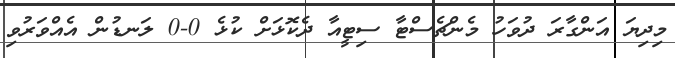
މިދިޔަ އަންގާރަ ދުވަހު މެންޗެސްޓާ ސިޓީއާ ދެކޮޅަށް ކުޅެ 0-0 ލަނޑުން އެއްވަރުވި